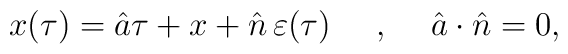
x(\tau)=\hat{a}\tau + x +\hat{n}\, \varepsilon(\tau)\makebox[.5in]{,} \hat{a} \cdot \hat{n}=0,